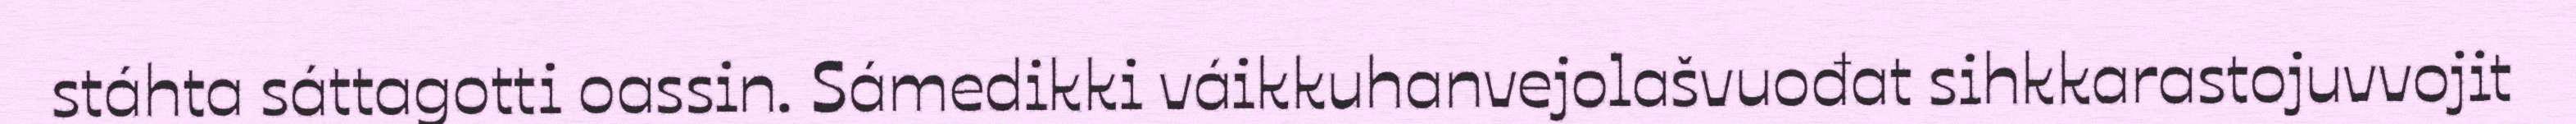
stáhta sáttagotti oassin. Sámedikki váikkuhanvejolašvuođat sihkkarastojuvvojit